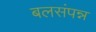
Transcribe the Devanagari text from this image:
बलसंपन्न